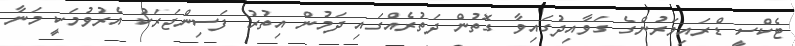
ޓެކްސީ ޑްރައިވަރުންގެ ގަވާއިދުގައިވާ ގޮތުން ދަތުރެއްގައި ދަމުން އިތުރު ފަސިންޖަރަކު އެރުވުމަކީ މަނާ